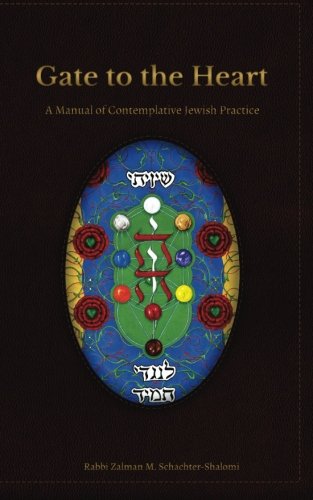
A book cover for Gate to the Heart: A Manual of Contemplative Jewish Practice; Zalman Schachter-Shalomi; Religion & Spirituality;